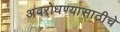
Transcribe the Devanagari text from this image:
अवरोधण्यासाठीचे